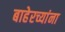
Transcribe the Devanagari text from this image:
बाहेरच्यांना